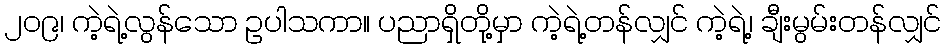
၂၀၉၊ ကဲ့ရဲ့လွန်သော ဥပါသကာ။ ပညာရှိတို့မှာ ကဲ့ရဲ့တန်လျှင် ကဲ့ရဲ့၊ ချီးမွမ်းတန်လျှင်